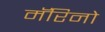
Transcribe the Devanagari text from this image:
मॅरिनो